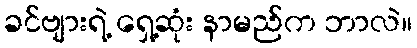
ခင်ဗျားရဲ့ ရှေ့ဆုံး နာမည်က ဘာလဲ။